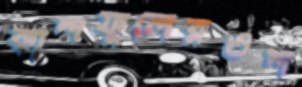
কাশফুলেরওশ